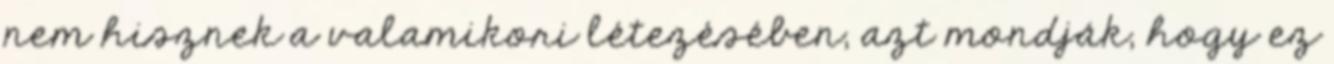
nem hisznek a valamikori létezésében, azt mondják, hogy ez